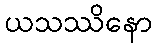
ယသဿိနော